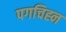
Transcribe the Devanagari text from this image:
पगचिह्न